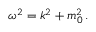
\omega ^ { 2 } = k ^ { 2 } + m _ { 0 } ^ { 2 } \, .